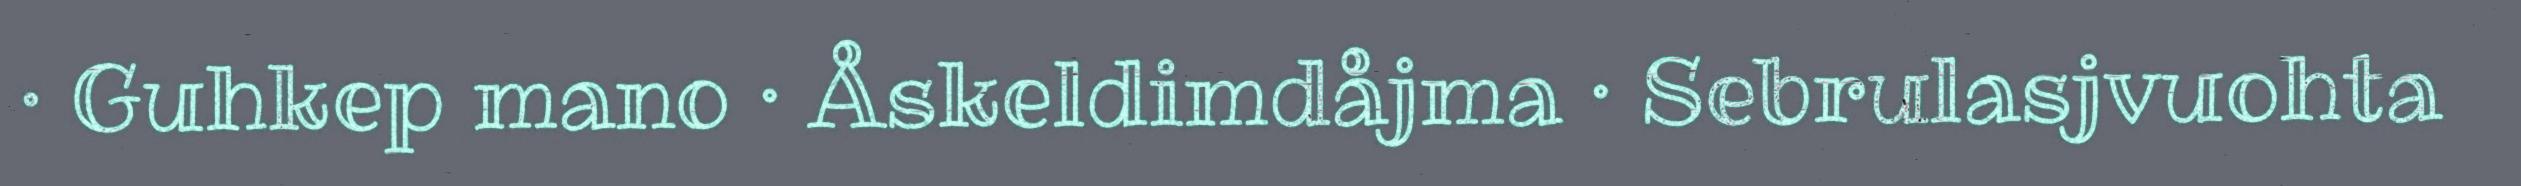
· Guhkep mano · Åskeldimdåjma · Sebrulasjvuohta